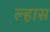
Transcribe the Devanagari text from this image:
ल्हास